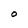
Character: O